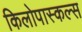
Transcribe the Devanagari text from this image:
किलोपास्कल्स